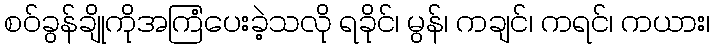
စဝ်ခွန်ချိုကိုအကြံပေးခဲ့သလို ရခိုင်၊ မွန်၊ ကချင်၊ ကရင်၊ ကယား၊